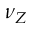
\nu _ { Z }